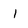
Character: l